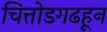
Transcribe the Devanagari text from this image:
चित्तोडगढहून